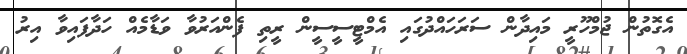
އެގޮތުން ޖުމްހޫރީ މައިދާން ސަރަހައްދުގައި އެމްޓީސީސީން ރީތި ފެންއަރުވާ ވަޑާމެއް ހަދާފައިވާ އިރު